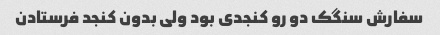
سفارش سنگک دو رو کنجدی بود ولی بدون کنجد فرستادن